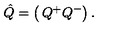
\hat { Q } = \left( \begin{matrix} { Q ^ { + } } \\ { Q ^ { - } } \\ \end{matrix} \right) .